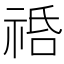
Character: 𥙱